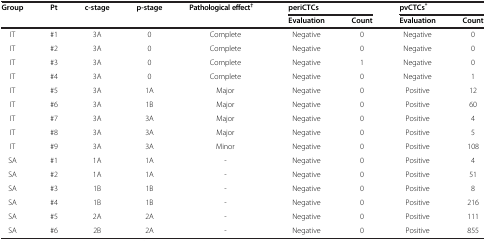
| <ROWSPAN=2> Group | <ROWSPAN=2> Pt | <ROWSPAN=2> c-stage | <ROWSPAN=2> p-stage | <ROWSPAN=2> Pathological effect† | <COLSPAN=2> periCTCs | <COLSPAN=2> pvCTCs* |
 | Evaluation | Count | Evaluation | Count |
 | --- | --- | --- | --- | --- | --- | --- | --- | --- |
 | IT | #1 | 3A | 0 | Complete | Negative | 0 | Negative | 0 |
 | IT | #2 | 3A | 0 | Complete | Negative | 0 | Negative | 0 |
 | IT | #3 | 3A | 0 | Complete | Negative | 1 | Negative | 0 |
 | IT | #4 | 3A | 0 | Complete | Negative | 0 | Negative | 1 |
 | IT | #5 | 3A | 1A | Major | Negative | 0 | Positive | 12 |
 | IT | #6 | 3A | 1B | Major | Negative | 0 | Positive | 60 |
 | IT | #7 | 3A | 3A | Major | Negative | 0 | Positive | 4 |
 | IT | #8 | 3A | 3A | Major | Negative | 0 | Positive | 5 |
 | IT | #9 | 3A | 3A | Minor | Negative | 0 | Positive | 108 |
 | SA | #1 | 1A | 1A | - | Negative | 0 | Positive | 4 |
 | SA | #2 | 1A | 1A | - | Negative | 0 | Positive | 51 |
 | SA | #3 | 1B | 1B | - | Negative | 0 | Positive | 8 |
 | SA | #4 | 1B | 1B | - | Negative | 0 | Positive | 216 |
 | SA | #5 | 2A | 2A | - | Negative | 0 | Positive | 111 |
 | SA | #6 | 2B | 2A | - | Negative | 0 | Positive | 855 |